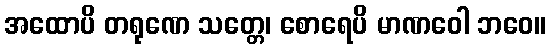
အထောပိ တရုဏေ သတ္တေ၊ စောရေပိ မာဏဝေါ ဘဝေ။